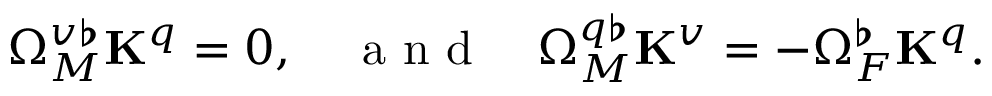
\Omega _ { M } ^ { v \flat } \mathbf { K } ^ { q } = 0 , \quad \mathrm { ~ a ~ n ~ d ~ } \quad \Omega _ { M } ^ { q \flat } \mathbf { K } ^ { v } = \mathbf { - } \Omega _ { F } ^ { \flat } \mathbf { K } ^ { q } .